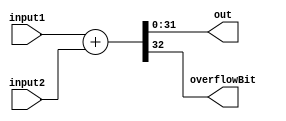
module Adder32Bit(input [31:0] input1, 
                  input [31:0] input2, 
                  output [31:0] out, 
                  output overflowBit);
  
  assign {overflowBit , out } = input1 + input2;
            
endmodule